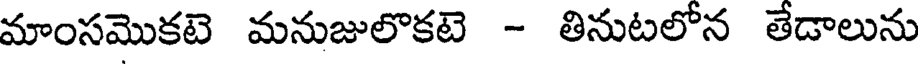
మాంసమొకటె మనుజులొకటె - తినుటలోన తేడాలును